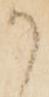
か